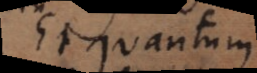
Et quantum